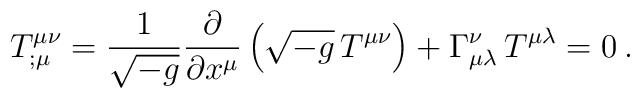
T^{\mu\nu}_{;\mu} = \frac{1}{\sqrt{-g}}       \frac{\partial}{\partial x^\mu}       \left( \sqrt{-g} \, T^{\mu\nu} \right) +      \Gamma^{\nu}_{\mu\lambda} \, T^{\mu\lambda} = 0   \>.